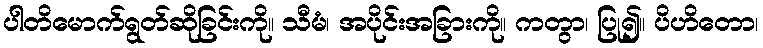
ပါတိမောက်ရွတ်ဆိုခြင်းကို။ သီမံ၊ အပိုင်းအခြားကို။ ကတွာ၊ ပြု၍။ ပိဟိတော၊